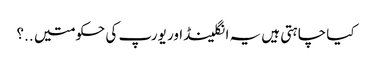
کیا چاہتی ہیں یہ انگلینڈ اور یورپ کی حکومتیں ..؟